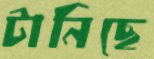
টানিছে